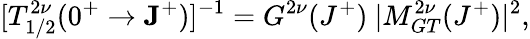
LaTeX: [T_{1/2}^{2\nu}(0^{+}\rightarrow{\mathbf J}^{+})]^{-1}=G^{2\nu}(J^{+})~|M_{GT}^{2\nu}(J^{+})|^{2},